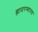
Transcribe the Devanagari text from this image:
ह्यादरम्यानच